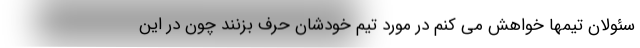
سئولان تیمها خواهش می کنم در مورد تیم خودشان حرف بزنند چون در این